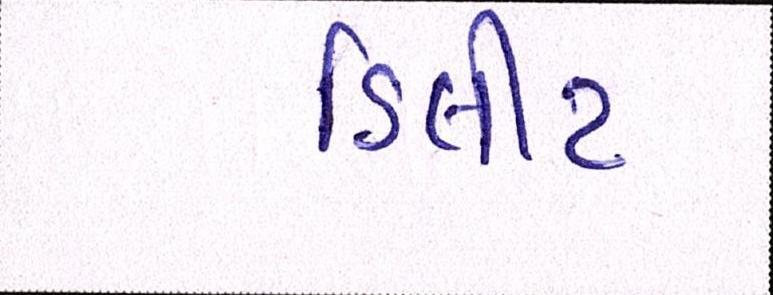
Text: ડિલીટ